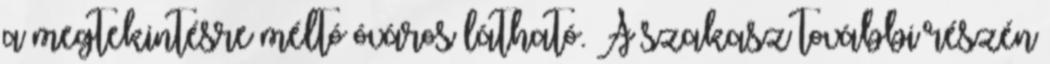
a megtekintésre méltó óváros látható. A szakasz további részén